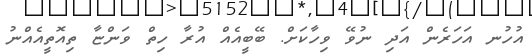
އުހުނ އަހަރެން އަދި ނުވޭ ވިހާކަށް. ބޭބީއެއް އުރާ ހިތް ވަންޏާ ތިއޮތީއެއްނު